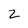
Character: 2